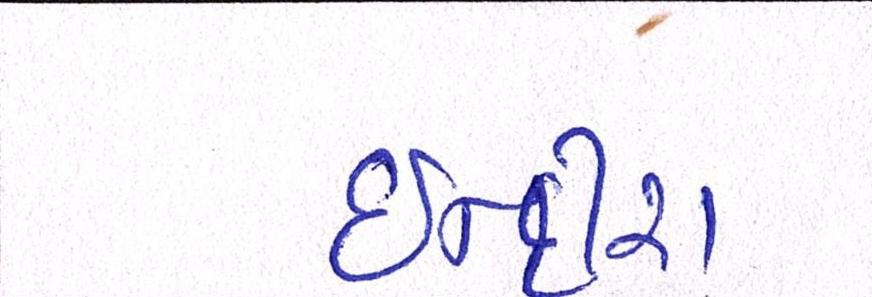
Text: ઈન્દીરા